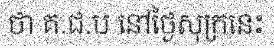
ថា គ.ជ.ប នៅថ្ងៃសុក្រនេះ